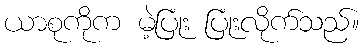
ယာစုကိုက မဲ့ပြုံး ပြုံးလိုက်သည်။